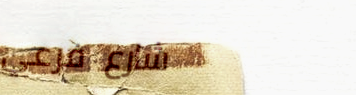
شارع فرعي